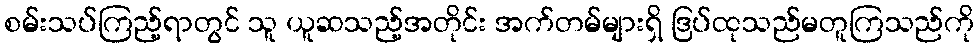
စမ်းသပ်ကြည့်ရာတွင် သူ ယူဆသည့်အတိုင်း အက်တမ်များရှိ ဒြပ်ထုသည်မတူကြသည်ကို